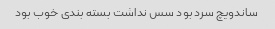
ساندویچ سرد بود سس نداشت بسته بندی خوب بود